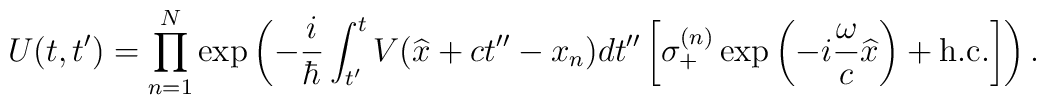
U(t,t') = \prod_{n=1}^{N} \exp \left( -\frac{i}{\hbar} \int_{t'}^{t}   V(\widehat{x} + ct''- x_n) dt''  \left[ \sigma_{+}^{(n)} \exp \left( -i \frac{\omega}{c}  \widehat{x} \right) + \mbox{h.c.} \right]  \right) .